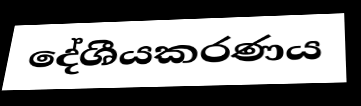
දේශීයකරණය